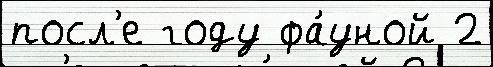
посл'е году фа́уной 2